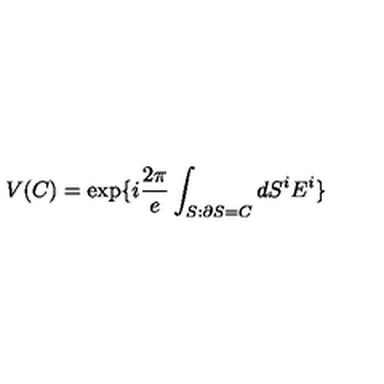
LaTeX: V ( C ) = \exp \{ i \frac { 2 \pi } { e } \int _ { S : \partial S = C } d S ^ { i } E ^ { i } \}